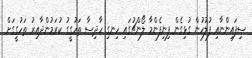
ސިފައިންނާއި ފުލުހުން ގުޅިގެން ފިނިފެންމާ ލޯންޗުގައި ހިނގި ހާދިސާ ތަހުގީގު ކުރަމުންދާއިރު ތަހުގީގަށް